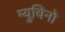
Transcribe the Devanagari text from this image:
म्युचिनो